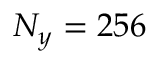
N _ { y } = 2 5 6